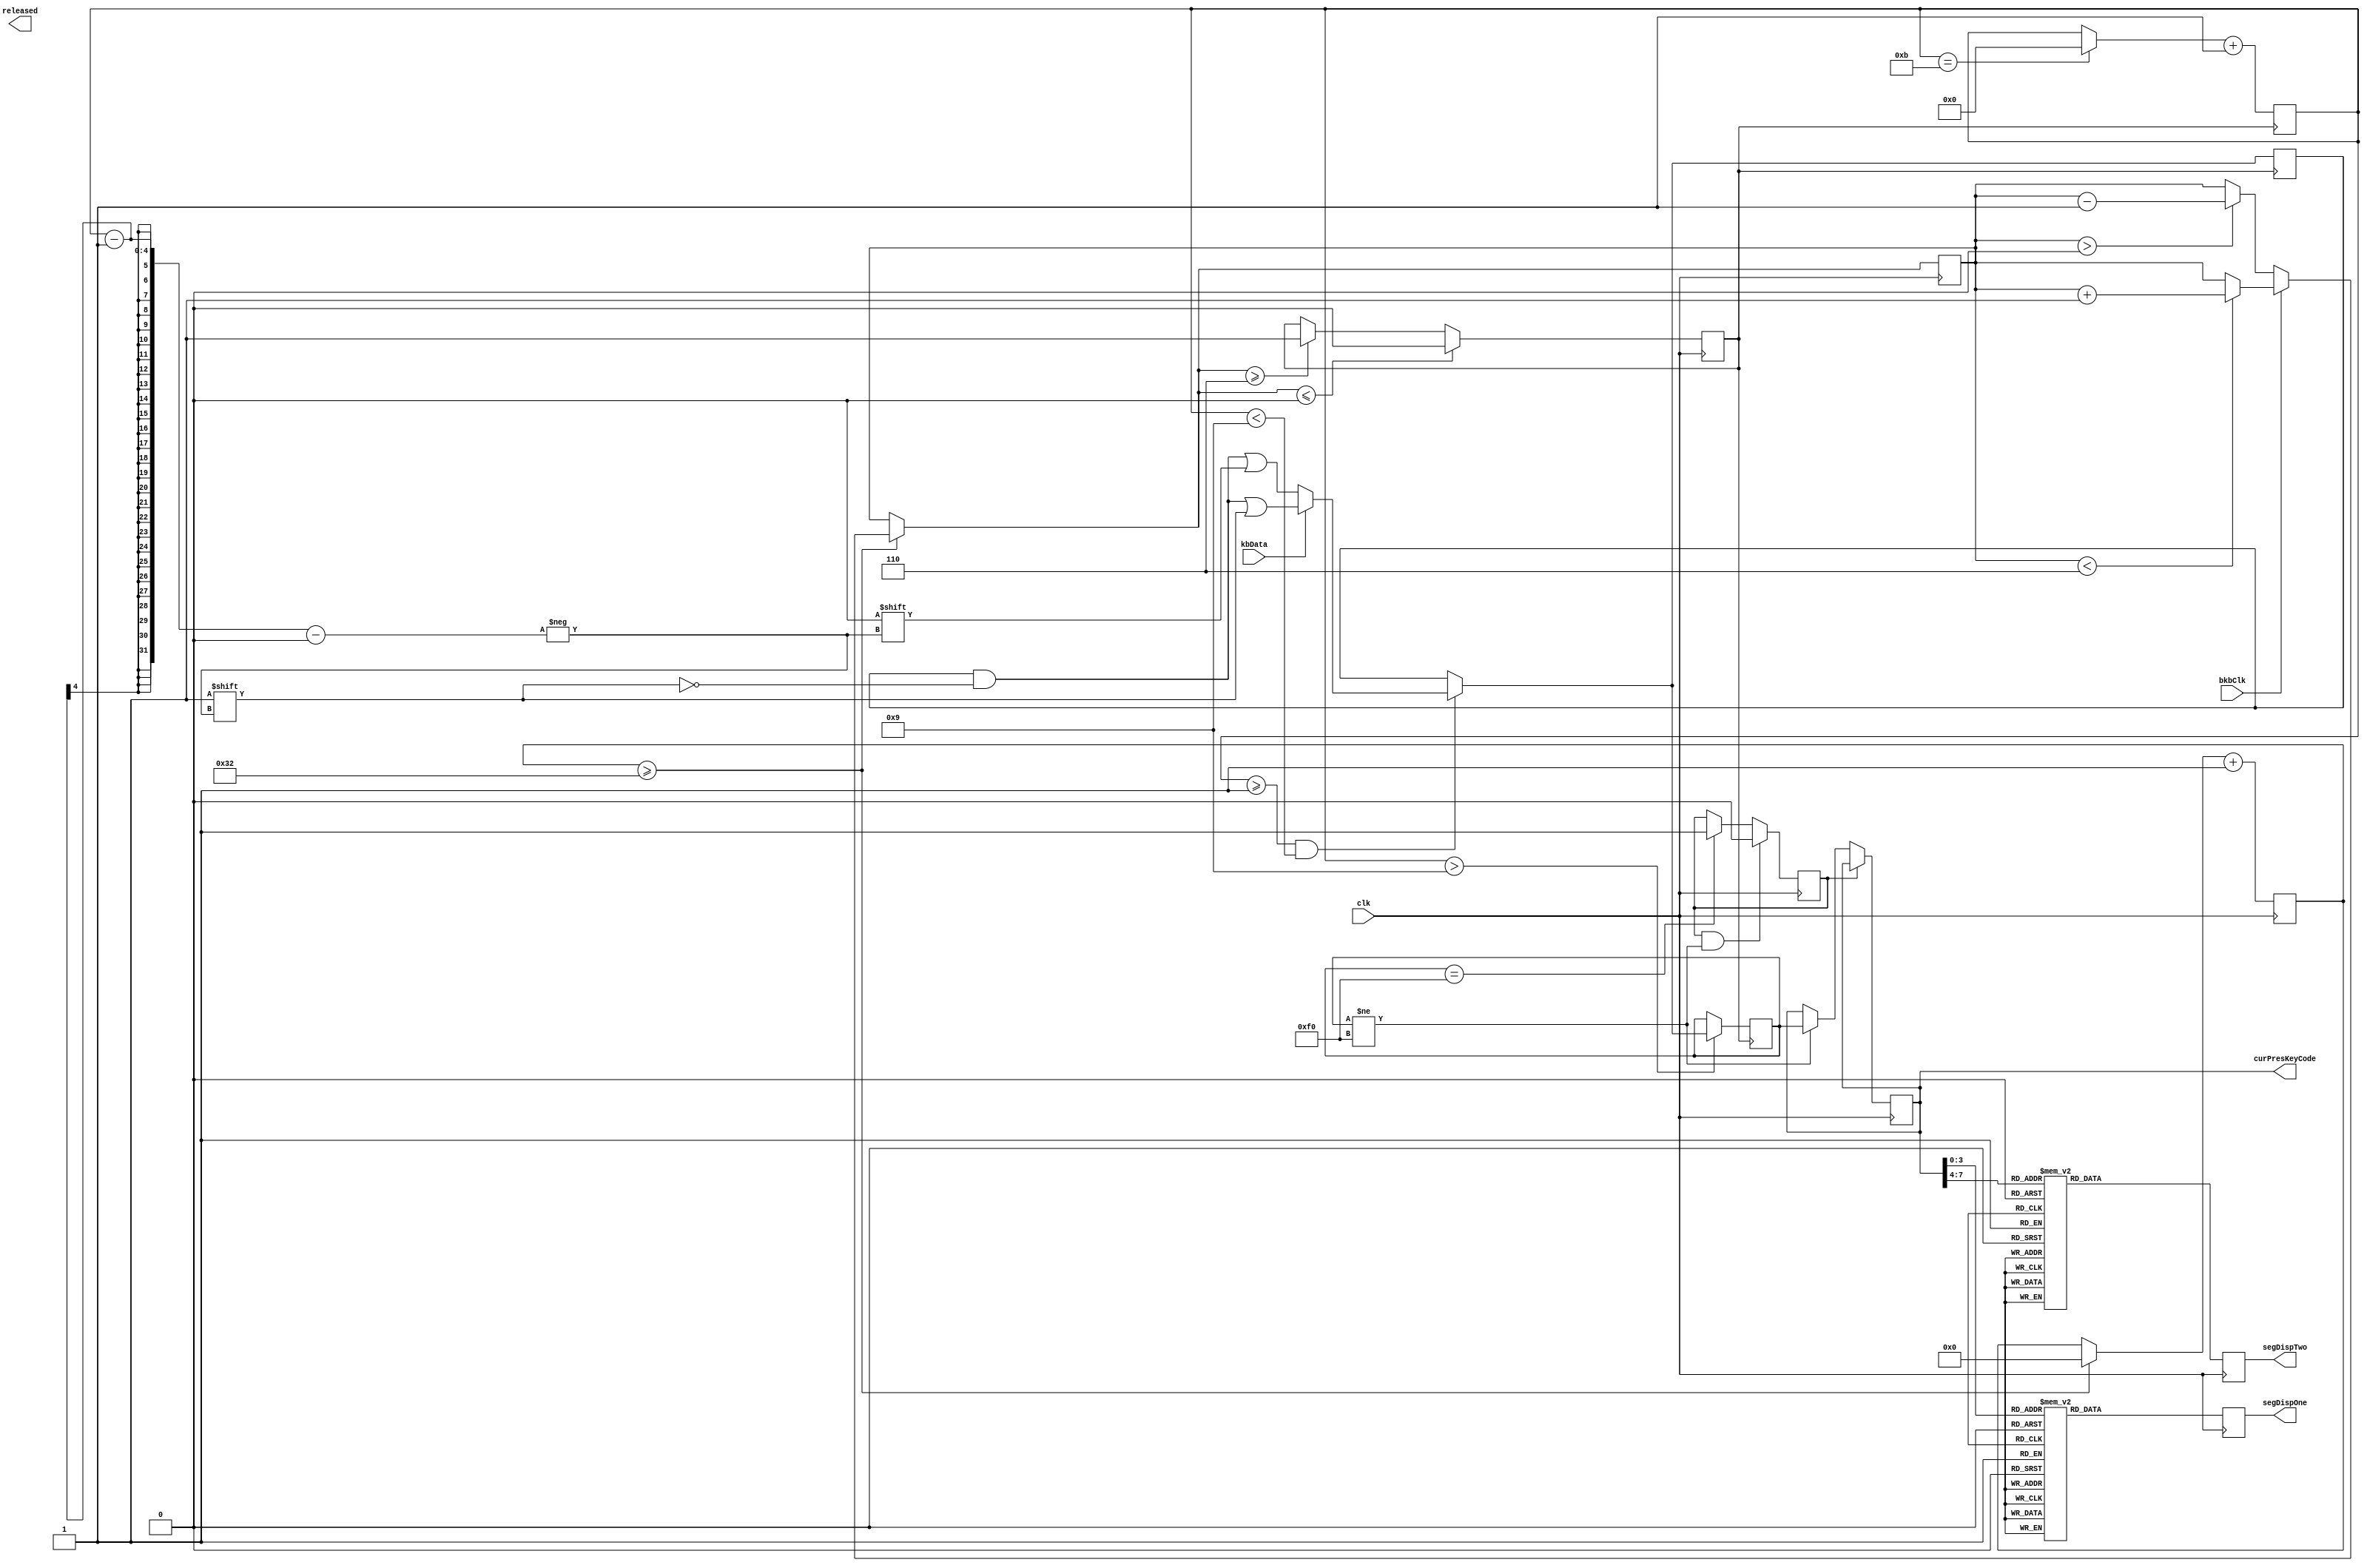
module keyboard_driver (clk, bkbClk, kbData, curPresKeyCode, released, segDispOne, segDispTwo);
input clk;
input bkbClk;
input kbData;

output [6:0]segDispOne;
output [6:0]segDispTwo;
output [7:0]curPresKeyCode;
output [1:0]released;

reg [6:0] segDispOne; //7 segment display
reg [6:0] segDispTwo; //7 segment display
reg [10:0] tDelay; //a delay counter for cpu sampling
reg [4:0] sampleCnt;  //the keyboard CPU sampling. 
reg [7:0] rawCode; //the keycode as it's read in (raw)
reg [7:0] keyCode; //the keycode as is
reg [7:0] curPresKeyCode; //the Currently pressed keyCode
reg [7:0] releasedKeyCode; //the most recently released key Code
reg done; //let's other parts of the module know when its down with the current input value
reg relNext;
reg [3:0] dataCnt; //counts to see how many bits has been sent 
reg [1:0] released; //is set to '1' when a key is released

reg gkbClk; //The debounced line.

//------------------------
// KeyBoard Clk debouncer
// --Turn the "bouncing" kbClk into a "clean" signal (gkbClk)
// --My reasoning treats the sampleing as a "charge". The more the 
// --clk is on, the more "charged" it gets. The more it's off, the lesser the "charge" becomes.
//------------------------
initial
begin
	tDelay = 0;
	gkbClk = 0;
	sampleCnt = 0;
end


always@ (negedge clk)
begin
	
	//This will sample and filter the keyboards clock (the clk will be filtered to the reg gkbClk
		//every 1000 cycles...
		if(tDelay>=50)
		begin
			tDelay = 0; //reset the timer delay
			if(bkbClk == 1)//"if posedge"
			begin
				if(sampleCnt < 6)
				begin
					//If the bad kb clk is live, the sampleCnt goes up 1.
					sampleCnt = sampleCnt + 1;
				end
			end else//"if negedge"
			begin
				if(sampleCnt > 0)
				begin
					//if the bad kb clk is dead, then the sampeCnt goes down by 1
					sampleCnt = sampleCnt - 1;
				end
			end	
		end

		if(sampleCnt >= 6)
		begin
			//If the signal has been found to be on 3 times, the signal is on.
			 gkbClk = 1;
		end
		
		if(sampleCnt <=0)
		begin
			//If the signal is dead, turn off the clock.
			gkbClk = 0;
		end
		
		tDelay = tDelay + 1;
	//end of the filtering (now gkbClk has the "good" clock)
end//always

//-------------------------
// Keyboard Data to Display
// --grab keyboard data and assign the 7 Segment Display (segDisp) to that value.
//	--Turn the kbData line into data, using the refrence gkbClk,
// --Good for debuggin things
//-------------------------
always@ (negedge gkbClk)
begin
	//get the data comming in
	if(dataCnt >= 1 && dataCnt < 9)
	begin
		done = 0;
		if(kbData == 1)//if the kbdata 
		begin
			rawCode[dataCnt-1] = 1'b1;
		end else
		begin
			rawCode[dataCnt-1] = 1'b0;
		end
	end
	//Check the data after it's full up
	if(dataCnt > 9)
	begin
			done = 1;
			keyCode = rawCode; //filling up the keyCode
	end
	if(dataCnt == 11)
	begin
			dataCnt = 0; //reset the data counter
	end
	dataCnt = dataCnt + 1;
end

//gives us the currentPresseKey
always@ (posedge clk)
begin
	if(relNext == 0 )
	begin
		if(keyCode != 8'hf0)
		begin
			curPresKeyCode = keyCode;
		end
	end 
end


always@ (posedge clk)
begin


//give us the released key
	//set the 7seg displays to the raw data
	case(curPresKeyCode[3:0])//first 7seg display
		4'h1: segDispOne = 7'b1111001;
		4'h2: segDispOne = 7'b0100100;
		4'h3: segDispOne = 7'b0110000;
		4'h4: segDispOne = 7'b0011001;
		4'h5: segDispOne = 7'b0010010;
		4'h6: segDispOne = 7'b0000010;
		4'h7: segDispOne = 7'b1111000;
		4'h8: segDispOne = 7'b0000000;
		4'h9: segDispOne = 7'b0011000;	
		4'ha: segDispOne = 7'b0001000;
		4'hb: segDispOne = 7'b0000011;
		4'hc: segDispOne = 7'b1000110;
		4'hd: segDispOne = 7'b0100001;
		4'he: segDispOne = 7'b0000110;
		4'hf: segDispOne = 7'b0001110;
		4'h0: segDispOne = 7'b1000000;
	endcase
	
	case(curPresKeyCode[7:4])//second 7seg display
		4'h1: segDispTwo = 7'b1111001;
		4'h2: segDispTwo = 7'b0100100;
		4'h3: segDispTwo = 7'b0110000;
		4'h4: segDispTwo = 7'b0011001;
		4'h5: segDispTwo = 7'b0010010;
		4'h6: segDispTwo = 7'b0000010;
		4'h7: segDispTwo = 7'b1111000;
		4'h8: segDispTwo = 7'b0000000;
		4'h9: segDispTwo = 7'b0011000;	
		4'ha: segDispTwo = 7'b0001000;
		4'hb: segDispTwo = 7'b0000011;
		4'hc: segDispTwo = 7'b1000110;
		4'hd: segDispTwo = 7'b0100001;
		4'he: segDispTwo = 7'b0000110;
		4'hf: segDispTwo = 7'b0001110;
		4'h0: segDispTwo = 7'b1000000;
	endcase
end

always@(posedge clk)
begin
	if(relNext == 1 & keyCode != 8'hf0)
	begin
		releasedKeyCode = rawCode;
		relNext = 0;
	end else
	if(keyCode == 8'hf0)
	begin
		relNext = 1;
	end
end


endmodule